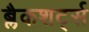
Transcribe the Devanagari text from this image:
ब्लैकशर्ट्स